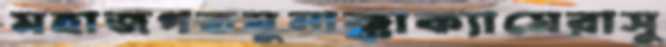
মহাজগতমুনাক্কাক্যামেরাসু